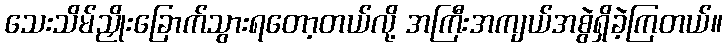
သေးသိမ်ညှိုးခြောက်သွားရတော့တယ်လို့ အကြီးအကျယ်အစွဲရှိခဲ့ကြတယ်။